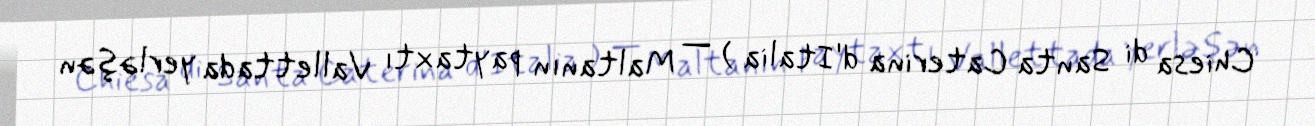
Chiesa di Santa Caterina d'Italia ) — Maltanın paytaxtı Vallettada yerləşən